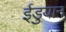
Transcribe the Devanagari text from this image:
ईडुयान